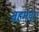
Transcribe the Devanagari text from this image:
बहगया